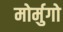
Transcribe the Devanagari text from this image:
मोर्मुगो